Report of the King Institute of Preventive Medicine, Guindy
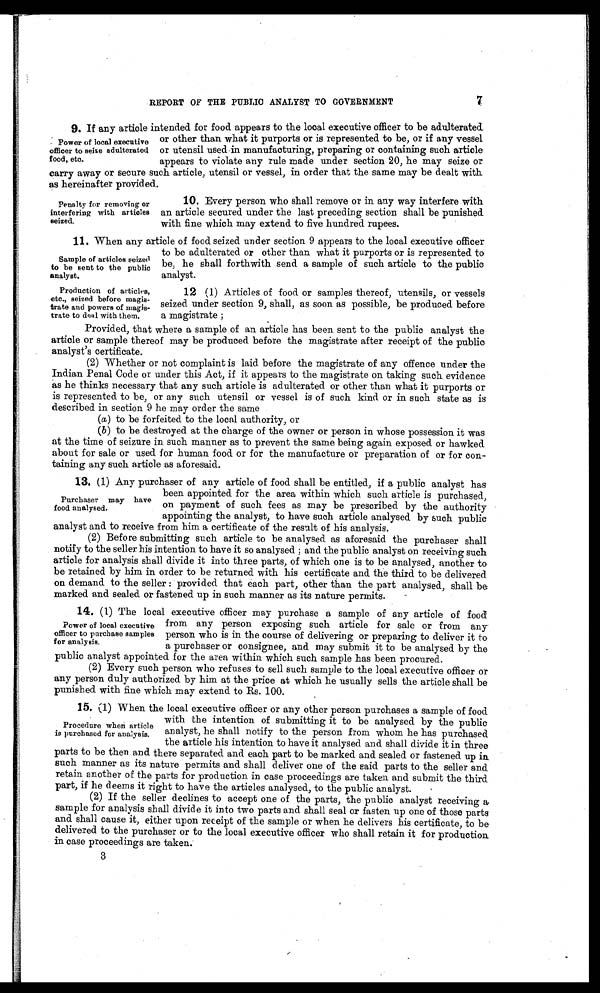
7
REPORT OF THE PUBLIC ANALYST TO GOVERNMENT
9. If any article intended for food appears to the local executive officer to be adulterated
or other than what it purports or is represented to be, or if any vessel
or utensil used in manufacturing, preparing or containing such article
appears to violate any rule made under section 20, he may seize or
carry away or secure such article, utensil or vessel, in order that the same may be dealt with
as hereinafter provided.
Power of local executive
officer to seize adulterated
food, etc.
Penalty for removing or
interfering with articles
seized.
10. Every person who shall remove or in any way interfere with
an article secured under the last preceding section shall be punished
with fine which may extend to five hundred rupees.
11. When any article of food seized under section 9 appears to the local executive officer
to be adulterated or other than what it purports or is represented to
be, he shall forthwith send a sample of such article to the public
analyst.
Sample of articles seized
to be sent to the public
analyst.
Production of articles,
etc., seized before magis
-trate and powers of magis
-trate to deal with them.
12 (1) Articles of food or samples thereof, utensils, or vessels
seized under section 9, shall, as soon as possible, be produced before
a magistrate;
Provided, that where a sample of an article has been sent to the public analyst the
article or sample there of may be produced before the magistrate after receipt of the public
analyst's certificate.
(2) Whether or not complaint is laid before the magistrate of any offence under the
Indian Penal Code or under this Act, if it appears to the magistrate on taking such evidence
as he thinks necessary that any such article is adulterated or other than what it purports or
is represented to be, or any such utensil or vessel is of such kind or in such state as is
described in section 9 he may order the same
( a ) to be forfeited to the local authority, or
(b ) to be destroyed at the charge of the owner or person in whose possession it was
at the time of seizure in such manner as to prevent the same being again exposed or hawked
about for sale or used for human food or for the manufacture or preparation of or for con
-taining any such article as aforesaid.
1 3 . ( 1 ) A n y p u r c h a s e r o f a n y a r t i c l e o f f o o d s h a l l b e e n t i t l e d , i f a p u b l i c a n a l y s t h a s
been appointed for the area within which such article is purchased,
on payment of such fees as may be prescribed by the authority
appointing the analyst, to have such article analysed by such public
analyst and to receive from him a certificate of the result of his analysis.
(2) Before submitting such article to be analysed as aforesaid the purchaser shall
notify to the seller his intention to have it so analysed; and the public analyst on receiving such
article for analysis shall divide it into three parts, of which one is to be analysed, another to
be retained by him in order to be returned with his certificate and the third to be delivered
on demand to the seller: provided that each part, other than the part analysed, shall be
marked and sealed or fastened up in such manner as its nature permits.
14. (1) The local executive officer may purchase a sample of any article of food
from any person exposing such article for sale or from any
person who is in the course of delivering or preparing to deliver it to
a purchaser or consignee, and may submit it to be analysed by the
public analyst appointed for the area within which such sample has been procured.
(2) Every such person who refuses to sell such sample to the local executive officer or
any person duly authorized by him at the price at which he usually sells the article shall be
punished with fine which may extend to Rs. 100.
15. (1) When the local executive officer or any other person purchases a sample of food
with the intention of submitting it to be analysed by the public
analyst, he shall notify to the person from whom he has purchased
the article his intention to have it analysed and shall divide it in three
parts to be then and there separated and each part to be marked and sealed or fastened up in
such manner as its nature permits and shall deliver one of the said parts to the seller and
retain another of the parts for production in case proceedings are taken and submit the third
part, if he deems it right to have the articles analysed, to the public analyst.
(2) If the seller declines to accept one of the parts, the public analyst receiving a
sample for analysis shall divide it into two parts and shall seal or fasten up one of those parts
and shall cause it, either upon receipt of the sample or when he delivers his certificate, to be
delivered to the purchaser or to the local executive officer who shall retain it for production
in case proceedings are taken.
Purchaser may have
food analysed.
Power of local executive
officer to purchase samples
for analysis.
Procedure when article
is purchased for analysis.
3